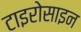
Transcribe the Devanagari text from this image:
टाइरोसाइन